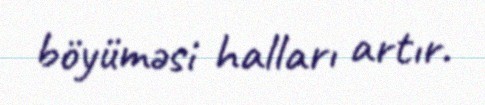
böyüməsi halları artır.